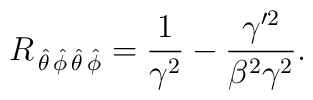
R_{\,\hat{\theta}\,\hat{\phi}\,\hat{\theta}\,\hat{\phi}}={1\over\gamma^2}-\frac{\gamma'^2}{\beta^2\gamma^2}.